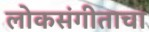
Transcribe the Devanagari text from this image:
लोकसंगीताचा